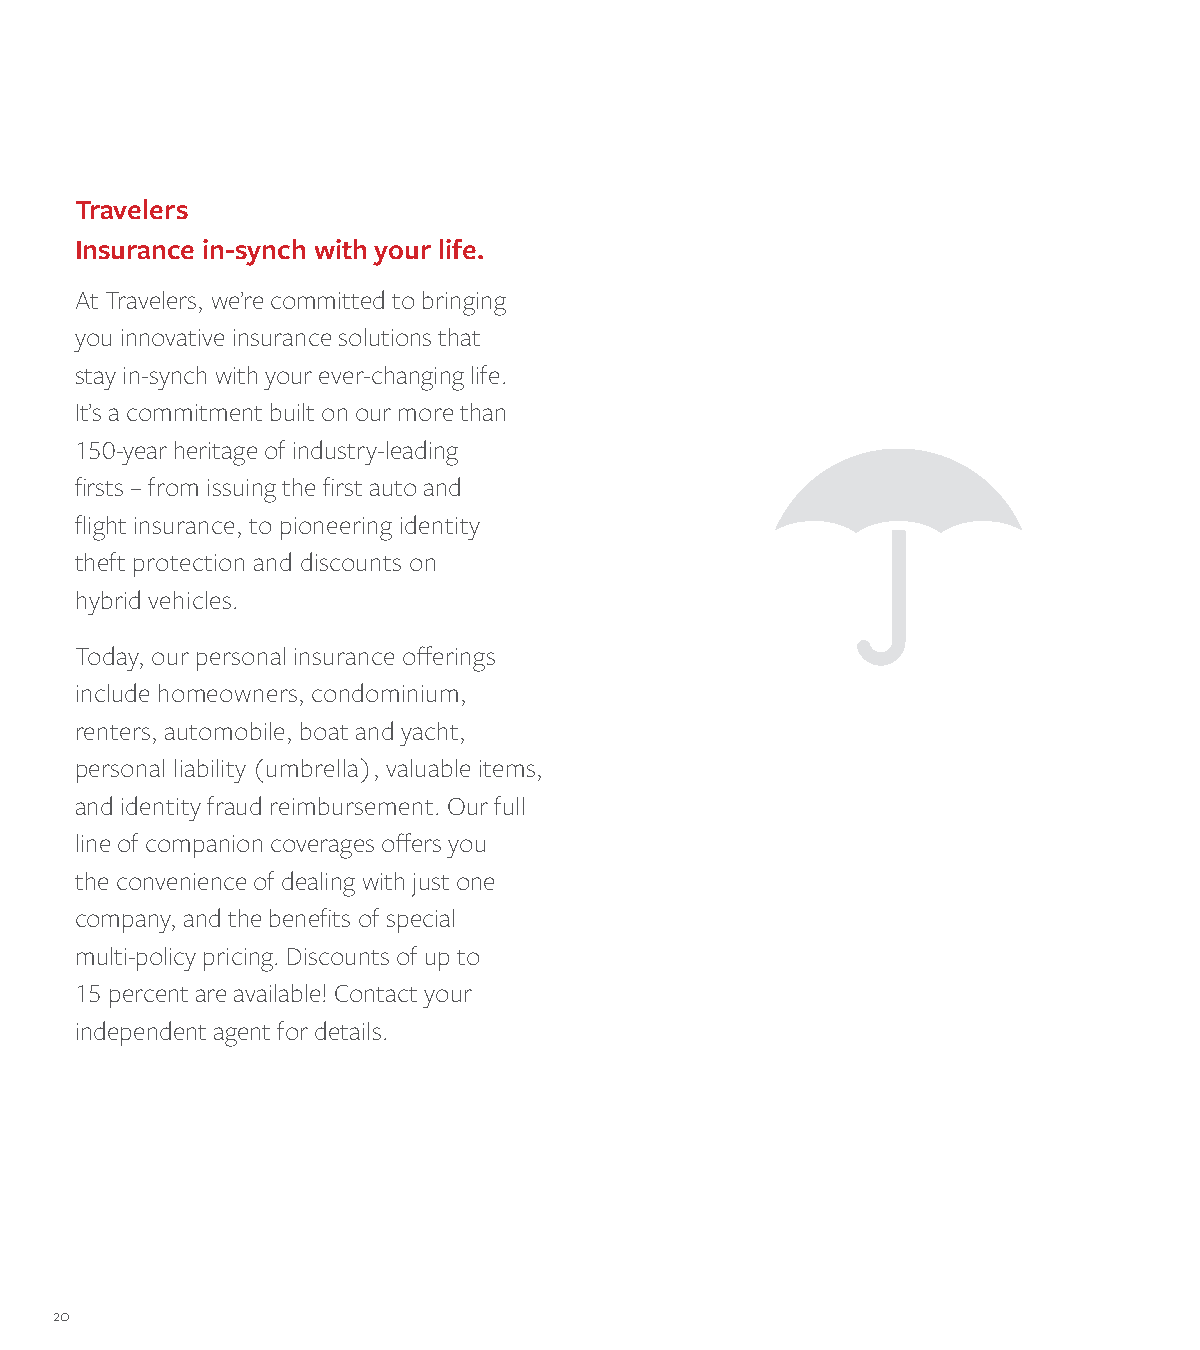
Travelers
 Insurance in-synch with your life.
 At Travelers, we’re committed to bringing
 you innovative insurance solutions that
 stay in-synch with your ever-changing life.
 It’s a commitment built on our more than
 150-year heritage of industry-leading
 firsts – from issuing the first auto and
 flight insurance, to pioneering identity
 theft protection and discounts on
 hybrid vehicles.
 Today, our personal insurance offerings
 include homeowners, condominium,
 renters, automobile, boat and yacht,
 personal liability (umbrella), valuable items,
 and identity fraud reimbursement. Our full
 line of companion coverages offers you
 the convenience of dealing with just one
 company, and the benefits of special
 multi-policy pricing. Discounts of up to
 15 percent are available! Contact your
 independent agent for details.
 20